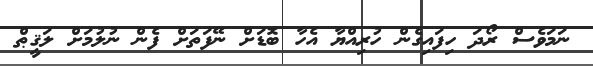
ނަމަވެސް ރޯދަ ހިފައިގެން ހުރިއްޔާ އެހާ ބޮޑަށް ނޭފަތަށް ފެން ނުލުމަށް ލަޤީޠް